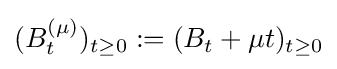
(B_{t}^{(\mu )})_{t\geq 0}:=(B_{t}+\mu t)_{t\geq 0}